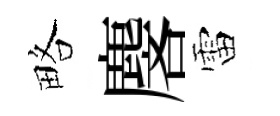
略麐雷